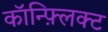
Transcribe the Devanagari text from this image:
कॉन्फ़्लिक्ट